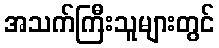
အသက်ကြီးသူများတွင်